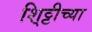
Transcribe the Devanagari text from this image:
शि्ट्टीच्या